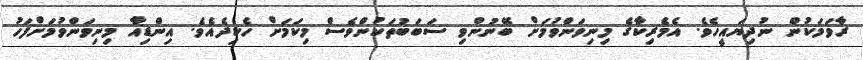
ރާވަމަކުން ނުދިޔައީހެވެ. އެމެރިކާގެ މިނިވަންވުމަށް ބޭނުންވި ސަބަބުތަކުންވެސް މިކަމަށް ހެކިދެއެވެ. އިންޑިއާ މިނިވަންވުމަށްފަހު